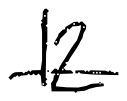
Text: 12
Cross-out: single-line
Writing tool: digital_black